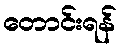
တောင်းရန်